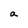
Character: a